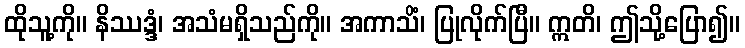
ထိုသူ့ကို။ နိဿဒ္ဒံ၊ အသံမရှိသည်ကို။ အကာသိံ၊ ပြုလိုက်ပြီ။ ဣတိ၊ ဤသို့ပြော၍။